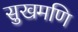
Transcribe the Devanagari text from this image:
सुखमणि